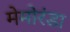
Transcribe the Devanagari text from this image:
मेमोरंडा